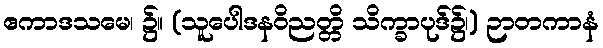
ဧကာဒသမေ၊ ၌။ (သူပေါဒနဝိညတ္တိ သိက္ခာပုဒ်၌၊) ဉာတကာနံ